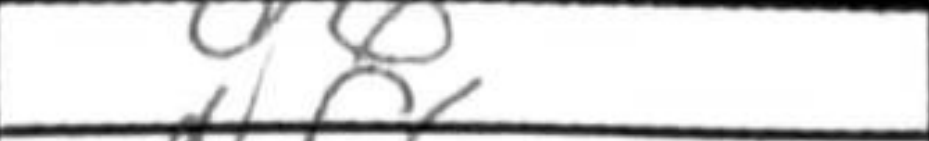
Transcription: d6